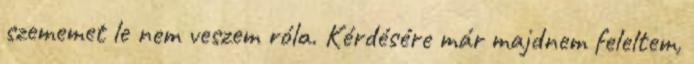
szememet le nem veszem róla. Kérdésére már majdnem feleltem,